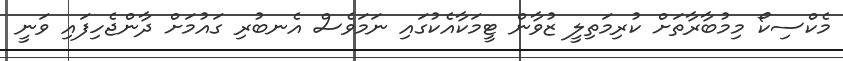
މެކްސިކޯ މިމުބާރާތަށް ކުރިމަތިލީ ޒުވާން ޓީމަކާއެކުގައި ނަމަވެސް އެނބުރި ގައުމަށް ދާންޖެހިފައި ވަނީ